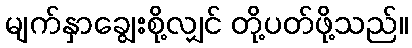
မျက်နှာချွေးစို့လျှင် တို့ပတ်ဖို့သည်။